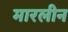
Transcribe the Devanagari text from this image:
मारलीन